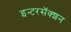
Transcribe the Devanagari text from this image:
इन्टरसॅक्शन